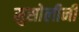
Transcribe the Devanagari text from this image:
मुसोलीनी